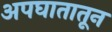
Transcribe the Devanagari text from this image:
अपघातातून